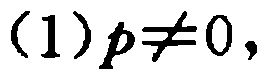
(1)$p\neq0$